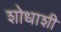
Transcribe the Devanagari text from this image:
शोधाशी